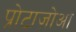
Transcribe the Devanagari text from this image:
प्रोटाज़ोआ